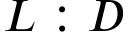
L : D